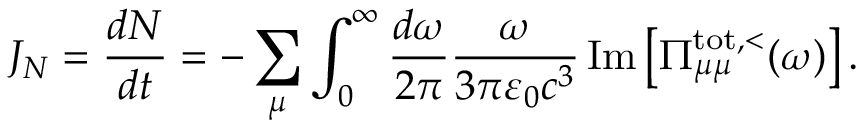
J _ { N } = \frac { d N } { d t } = - \sum _ { \mu } \int _ { 0 } ^ { \infty } \frac { d \omega } { 2 \pi } \frac { \omega } { 3 \pi \varepsilon _ { 0 } c ^ { 3 } } \operatorname { I m } \left[ \Pi _ { \mu \mu } ^ { \mathrm { t o t } , < } ( \omega ) \right] .